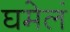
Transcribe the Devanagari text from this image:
घमेलं